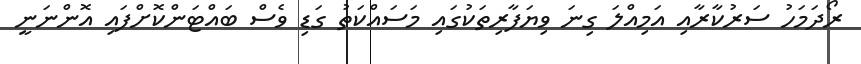
ރޯދަމަހު ސަރުކާރާއި އަމިއްލަ ގިނަ ވިޔަފާރިތަކުގައި މަސައްކަތު ގަޑި ވެސް ބައްޓަންކޮށްފައި އޮންނަނީ